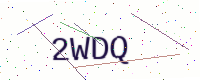
Text: 2WDQ